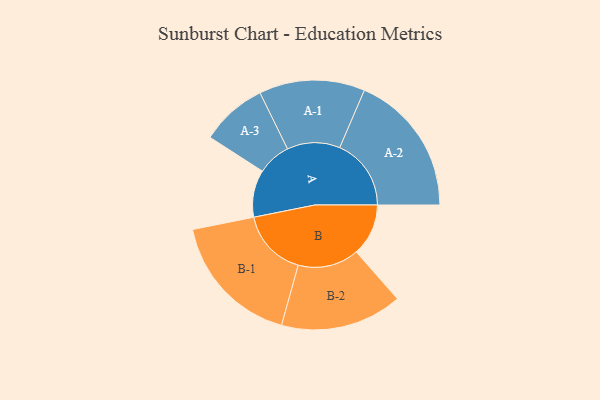
{"axis": {"x": "Segment", "y": "Value"}, "legend": ["", "A", "B"], "data": [{"x": "A", "y": 183, "type": ""}, {"x": "B", "y": 202, "type": ""}, {"x": "A-1", "y": 205, "type": "A"}, {"x": "A-2", "y": 277, "type": "A"}, {"x": "A-3", "y": 129, "type": "A"}, {"x": "B-1", "y": 262, "type": "B"}, {"x": "B-2", "y": 236, "type": "B"}]}